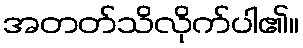
အတတ်သိလိုက်ပါ၏။